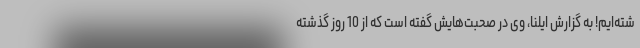
شته‌ایم! به گزارش ایلنا، وی در صحبت‌هایش گفته است که از 10 روز گذشته